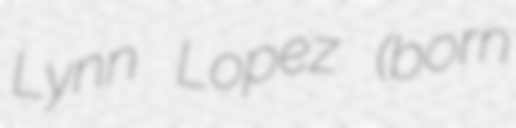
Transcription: Lynn Lopez (born